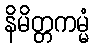
နိမိတ္တကမ္မံ